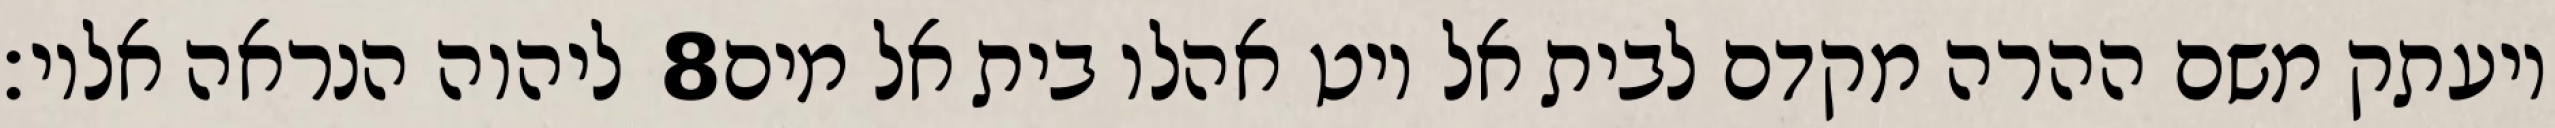
ליהוה הנראה אליו׃ ‎8‏ ויעתק משם ההרה מקדם לבית אל ויט אהלו בית אל מים